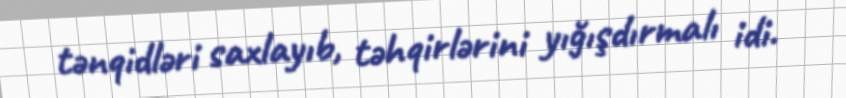
tənqidləri saxlayıb, təhqirlərini yığışdırmalı idi.